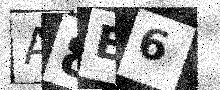
Text: A8E6